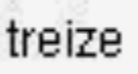
treize